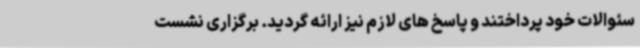
سئوالات خود پرداختند و پاسخ های لازم نیز ارائه گردید. برگزاری نشست